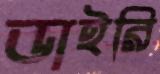
ডাইরি